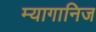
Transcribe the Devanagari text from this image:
म्यागानिज